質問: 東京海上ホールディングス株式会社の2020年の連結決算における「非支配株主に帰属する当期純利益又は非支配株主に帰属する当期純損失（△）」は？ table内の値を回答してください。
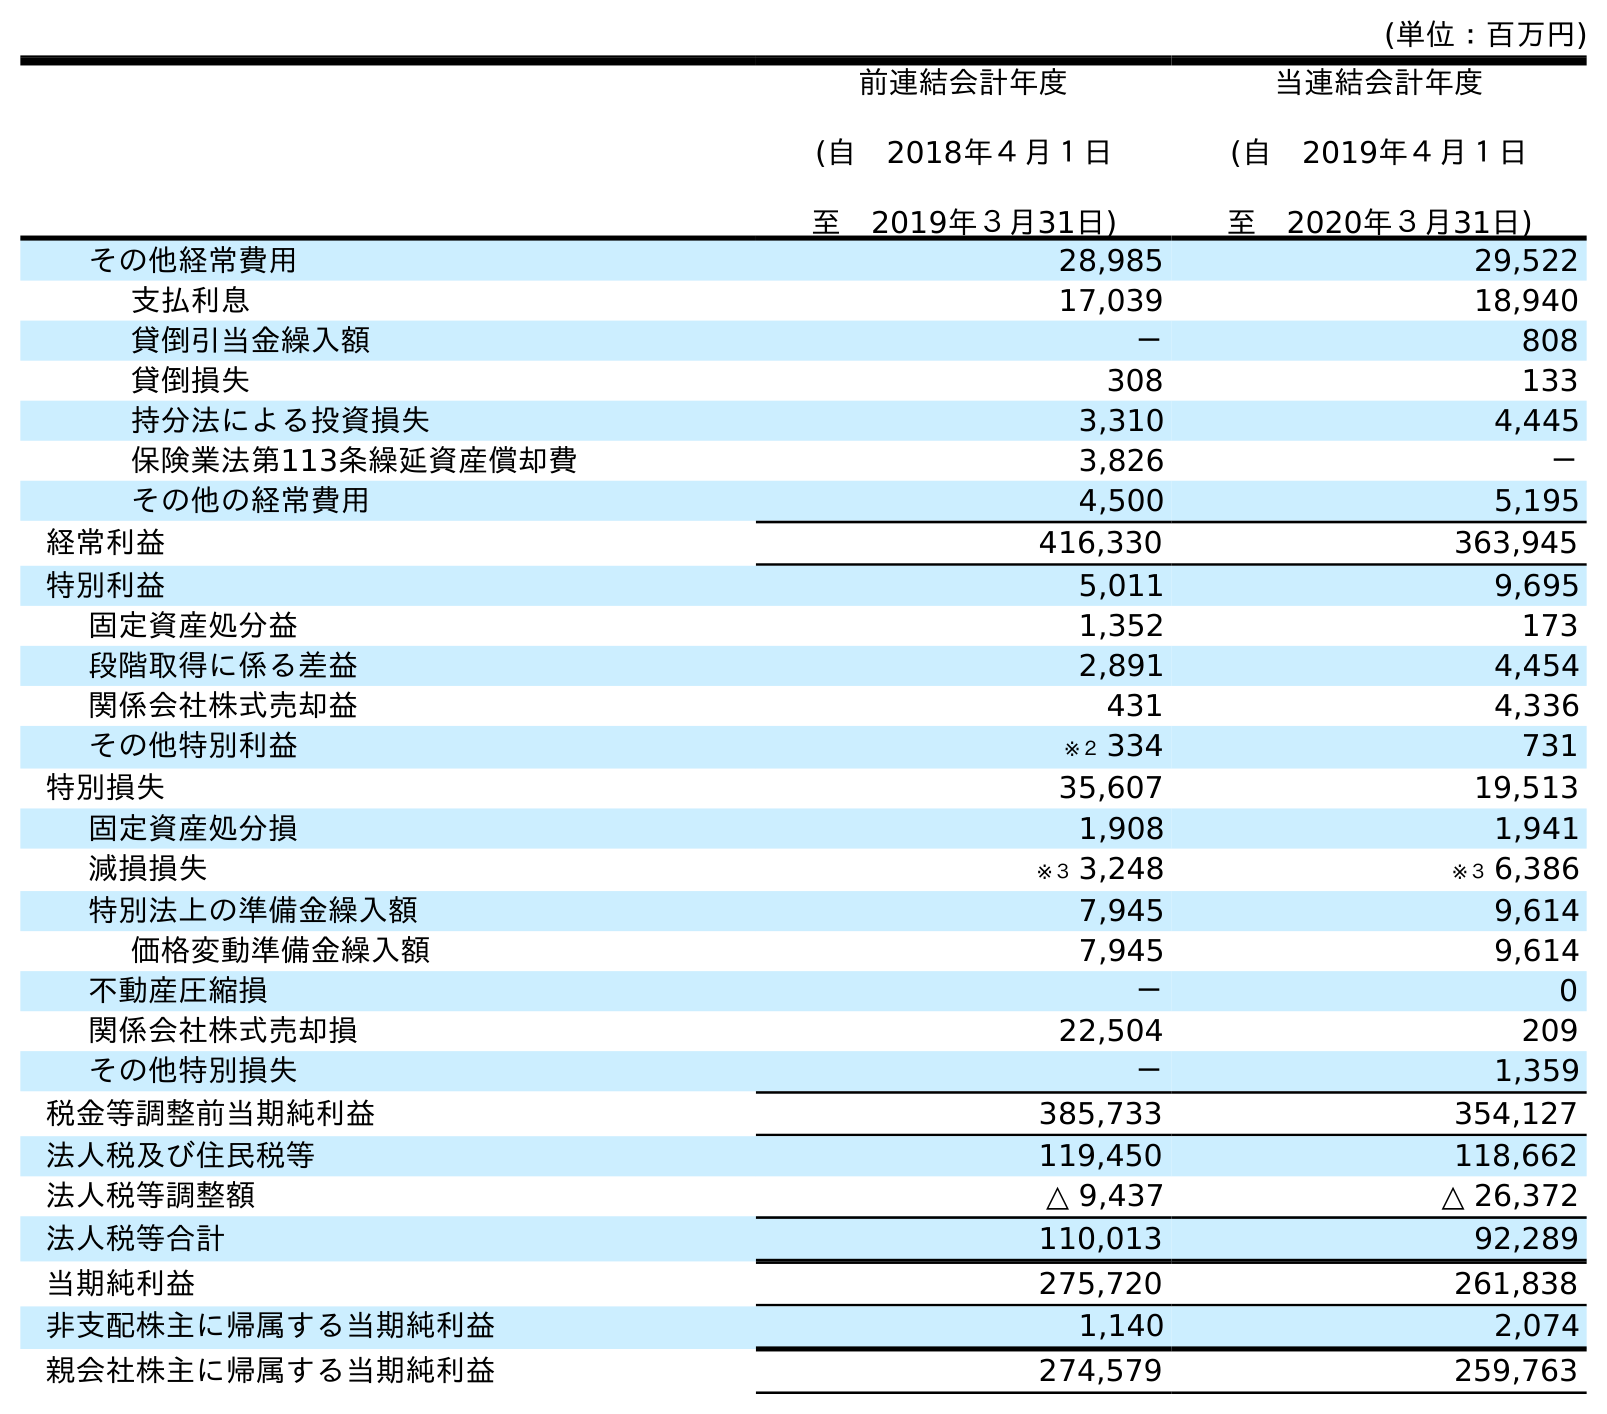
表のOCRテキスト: (単位：百万円) 前連結会計年度 (自 2018年４月１日 至 2019年３月31日) 当連結会計年度 (自 2019年４月１日 至 2020年３月31日) その他経常費用 28,985 29,522 支払利息 17,039 18,940 貸倒引当金繰入額 － 808 貸倒損失 308 133 持分法による投資損失 3,310 4,445 保険業法第113条繰延資産償却費 3,826 － その他の経常費用 4,500 5,195 経常利益 416,330 363,945 特別利益 5,011 9,695 固定資産処分益 1,352 173 段階取得に係る差益 2,891 4,454 関係会社株式売却益 431 4,336 その他特別利益 ※２ 334 731 特別損失 35,607 19,513 固定資産処分損 1,908 1,941 減損損失 ※３ 3,248 ※３ 6,386 特別法上の準備金繰入額 7,945 9,614 価格変動準備金繰入額 7,945 9,614 不動産圧縮損 － 0 関係会社株式売却損 22,504 209 その他特別損失 － 1,359 税金等調整前当期純利益 385,733 354,127 法人税及び住民税等 119,450 118,662 法人税等調整額 △ 9,437 △ 26,372 法人税等合計 110,013 92,289 当期純利益 275,720 261,838 非支配株主に帰属する当期純利益 1,140 2,074 親会社株主に帰属する当期純利益 274,579 259,763
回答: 2,074